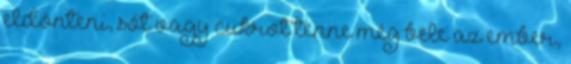
eldönteni, sót vagy cukrot tenne még bele az ember,